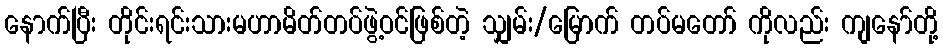
နောက်ပြီး တိုင်းရင်းသားမဟာမိတ်တပ်ဖွဲ့ဝင်ဖြစ်တဲ့ သျှမ်း/မြောက် တပ်မတော် ကိုလည်း ကျနော်တို့